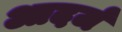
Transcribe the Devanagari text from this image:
आदर्ज